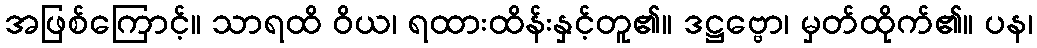
အဖြစ်ကြောင့်။ သာရထိ ဝိယ၊ ရထားထိန်းနှင့်တူ၏။ ဒဋ္ဌဗ္ဗော၊ မှတ်ထိုက်၏။ ပန၊